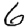
Digit: 6